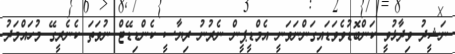
ނަޝީދު ވިދާޅުވީ ކަންބޮޑުވެވަޑައިގަންނަވަނީ އެމްޑީޕީން ނެރުނު ރިޔާސީ ކެންޑިޑޭޓް ނުވަތަ ކެނެރީގޭ މުހައްމަދު